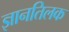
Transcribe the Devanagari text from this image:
ज्ञानतिलक